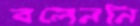
বলেননি